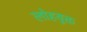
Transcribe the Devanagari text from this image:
लोहयुक्त